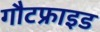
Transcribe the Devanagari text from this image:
गौटफ्राइड